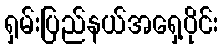
ရှမ်းပြည်နယ်အရှေ့ပိုင်း